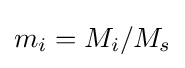
m_{i}=M_{i}/M_{s}